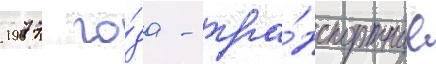
1977 го́да - тра́нспортные